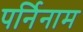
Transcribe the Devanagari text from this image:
पर्निनाम